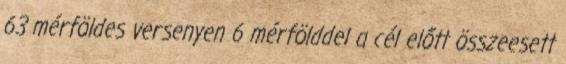
63 mérföldes versenyen 6 mérfölddel a cél előtt összeesett